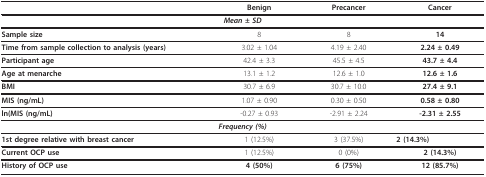
|  | Benign | Precancer | Cancer |
 | --- | --- | --- | --- |
 | <COLSPAN=4> Mean ± SD |
 | Sample size | 8 | 8 | 14 |
 | Time from sample collection to analysis (years) | 3.02 ± 1.04 | 4.19 ± 2.40 | 2.24 ± 0.49 |
 | Participant age | 42.4 ± 3.3 | 45.5 ± 4.5 | 43.7 ± 4.4 |
 | Age at menarche | 13.1 ± 1.2 | 12.6 ± 1.0 | 12.6 ± 1.6 |
 | BMI | 30.7 ± 6.9 | 30.7 ± 10.0 | 27.4 ± 9.1 |
 | MIS (ng/mL) | 1.07 ± 0.90 | 0.30 ± 0.50 | 0.58 ± 0.80 |
 | ln(MIS (ng/mL) | -0.27 ± 0.93 | -2.91 ± 2.24 | -2.31 ± 2.55 |
 | <COLSPAN=4> Frequency (%) |
 | 1st degree relative with breast cancer | 1 (12.5%) | 3 (37.5%) | 2 (14.3%) |
 | Current OCP use | 1 (12.5%) | 0 (0%) | 2 (14.3%) |
 | History of OCP use | 4 (50%) | 6 (75%) | 12 (85.7%) |